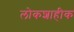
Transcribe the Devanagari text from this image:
लोकशाहीक